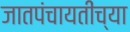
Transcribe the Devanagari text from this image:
जातपंचायतींच्या